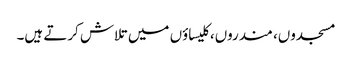
مسجدوں، مندروں، کلیساؤں میں تلاش کرتے ہیں۔